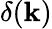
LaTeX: \delta({\mathbf k})